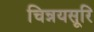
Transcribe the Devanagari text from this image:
चिन्नयसूरि